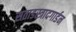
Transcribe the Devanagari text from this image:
सताडस्त्रादगार्डन